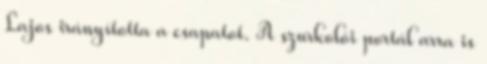
Lajos irányította a csapatot. A szurkolói portál arra is